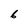
Character: 6